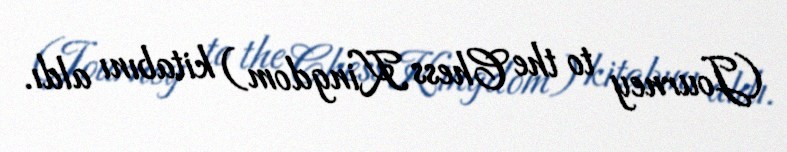
(Journey to the Chess Kingdom) kitabını aldı.